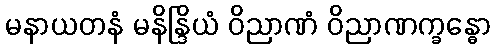
မနာယတနံ မနိန္ဒြိယံ ဝိညာဏံ ဝိညာဏက္ခန္ဓော